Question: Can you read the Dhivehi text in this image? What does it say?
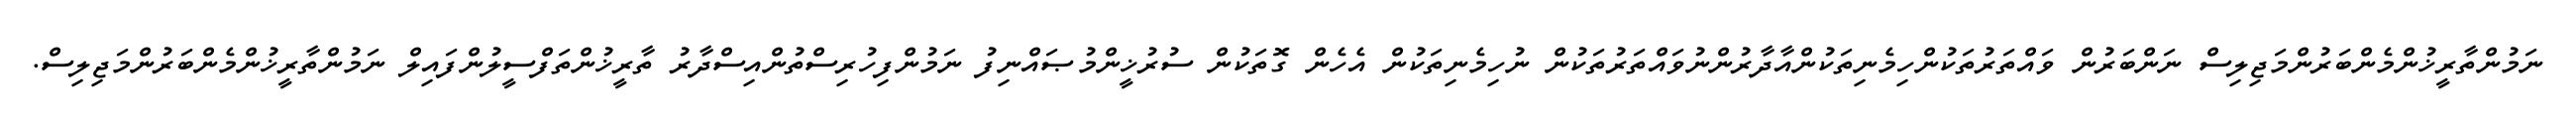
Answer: ނަމުންތާރީޚުންމެންބަރުންމަޖިލިސް ނަންބަރުން ވައްތަރުތަކުންހިމެނިތަކުންއާދާރުންނުވައްތަރުތަކުން ނުހިމެނިތަކުން އެހެން ގޮތަކުން ސުރުޚީންމުޞައްނިފު ނަމުންފިހުރިސްތުންއިސްދާރު ތާރީޚުންތަފްސީލުންފައިލް ނަމުންތާރީޚުންމެންބަރުންމަޖިލިސް.